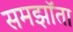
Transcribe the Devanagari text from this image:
समझॉता